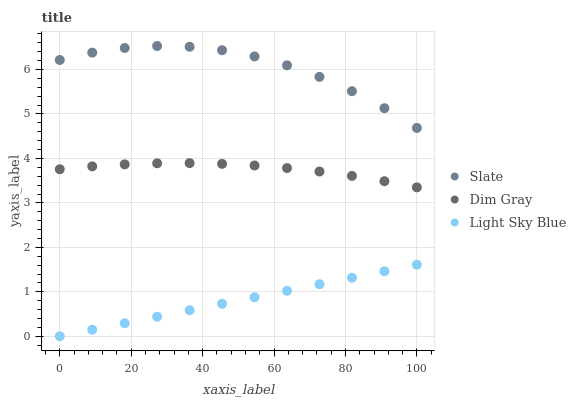
| xaxis_label | Slate | Dim Gray | Light Sky Blue |
 | --- | --- | --- | --- |
 | 0 | 6.21 | 3.76 | 0 |
 | 9.09 | 6.38 | 3.82 | 0.146 |
 | 18.2 | 6.49 | 3.87 | 0.292 |
 | 27.3 | 6.53 | 3.89 | 0.439 |
 | 36.4 | 6.51 | 3.89 | 0.585 |
 | 45.5 | 6.43 | 3.88 | 0.731 |
 | 54.5 | 6.3 | 3.84 | 0.877 |
 | 63.6 | 6.1 | 3.78 | 1.02 |
 | 72.7 | 5.83 | 3.71 | 1.17 |
 | 81.8 | 5.51 | 3.61 | 1.32 |
 | 90.9 | 5.13 | 3.49 | 1.46 |
 | 100 | 4.69 | 3.35 | 1.61 |